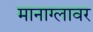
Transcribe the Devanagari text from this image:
मानाग्लावर